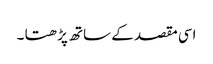
اسی مقصد کے ساتھ پڑھتا ۔